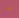
علي